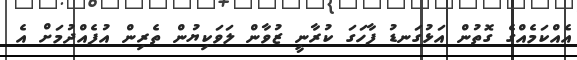
އެއްކަމެއްގެ ގޮތުން އަޅުގަނޑު ފާހަގަ ކުރާނީ ޒުވާން ލަވަކިޔުން ތެރިން އުފެއްދުމަށް އެ